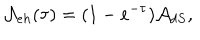
{ \cal A } _ { e h } ( \tau ) = ( 1 - e ^ { - \tau } ) { \cal A } _ { d S } ,